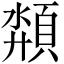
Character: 頮